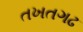
તખતગઢ